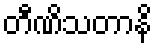
တီဏိသတာနိ